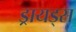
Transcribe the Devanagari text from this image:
ड्रायड्स